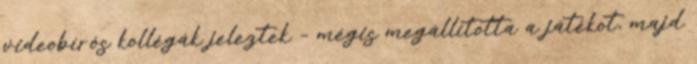
videobírós kollégák jeleztek – mégis megállította a játékot, majd